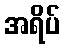
အရိပ်